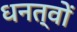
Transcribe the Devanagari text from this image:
धनत्वों